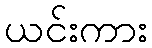
ယင်းကား